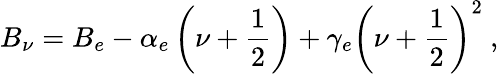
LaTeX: B_{\nu}=B_{e}-\alpha_{e}\left(\nu+\frac 12\right)+\gamma_{e}\left(\nu+\frac 12\right)^{2}\ ,